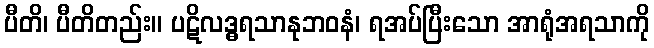
ပီတိ၊ ပီတိတည်း။ ပဋိလဒ္ဓရသာနုဘဝနံ၊ ရအပ်ပြီးသော အာရုံအရသာကို